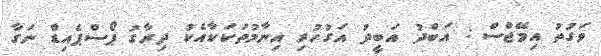
ވަގުތު އިމޭޖްސް : އަބްދު އަބީދު އަގުހުރި އިނާމުތަކަކާއެކު ދިރާގު ޕޯސްޕެއިޑް ނަގާ